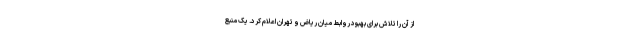
از آن را تلاش برای بهبود روابط میان ریاض و تهران اعلام کرد. یک منبع